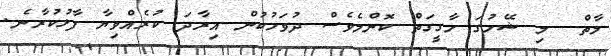
މާތް  މި ޝޭހުގަ ހާގީގަތް ކޮންމެވެސް ދުވަހުކުން އިރާދަ ކުރެއްވިޔާ ފާޅުކުރާނެ.